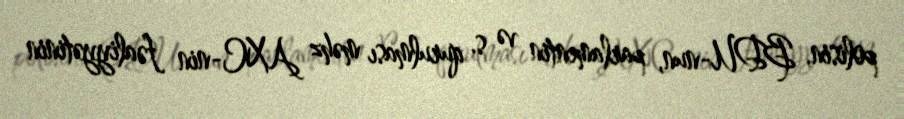
polisin, BDU-nun, parlamentin və s. qurulması məhz AXC-nin fəaliyyətinin